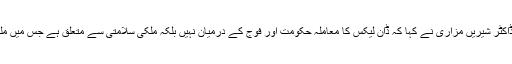
پی ٹی آئی کی رکن قومی اسمبلی ڈاکٹر شیریں مزاری نے کہا کہ ڈان لیکس کا معاملہ حکومت اور فوج کے درمیان نہیں بلکہ ملکی سلامتی سے متعلق ہے جس میں ملک کے20 کروڑ لوگ شامل ہیں۔